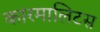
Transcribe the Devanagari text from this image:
कारमालिटस